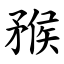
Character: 䂉